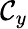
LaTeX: \mathcal{C}_{y}